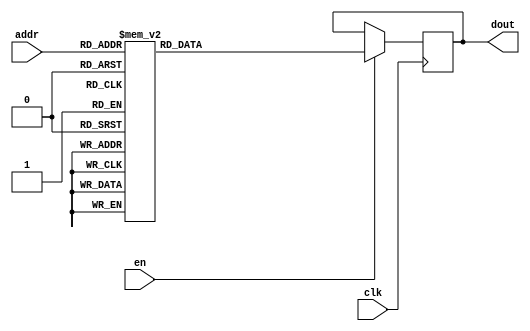
module DC_9_REF_ROM_0(
// inputs
clk,
en,
addr,
// outputs
dout
);
localparam ROM_WID = 11;
localparam ROM_DEP = 32;
localparam ROM_ADDR = 5;
// input definition
input clk;
input en;
input [ROM_ADDR-1:0] addr;
// output definition
output [ROM_WID-1:0] dout;
reg [ROM_WID-1:0] data;
always @(posedge clk)
begin
if (en) begin
case(addr)
		5'd0: data <= 11'b00111100010;
		5'd1: data <= 11'b01000101111;
		5'd2: data <= 11'b00111010111;
		5'd3: data <= 11'b01000111100;
		5'd4: data <= 11'b01000010101;
		5'd5: data <= 11'b01111111111;
		5'd6: data <= 11'b00000011110;
		5'd7: data <= 11'b01000111101;
		5'd8: data <= 11'b01000101110;
		5'd9: data <= 11'b00111000001;
		5'd10: data <= 11'b00110110110;
		5'd11: data <= 11'b01000100101;
		5'd12: data <= 11'b00111010001;
		5'd13: data <= 11'b10000001010;
		5'd14: data <= 11'b01000110111;
		5'd15: data <= 11'b01000001101;
		5'd16: data <= 11'b01000011100;
		5'd17: data <= 11'b01000010011;
		5'd18: data <= 11'b00111101110;
		5'd19: data <= 11'b00111101101;
		5'd20: data <= 11'b00011011011;
		5'd21: data <= 11'b00111001101;
		5'd22: data <= 11'b01000000001;
		5'd23: data <= 11'b00111100011;
		5'd24: data <= 11'b01111111111;
		5'd25: data <= 11'b00110110010;
		5'd26: data <= 11'b00111000011;
		5'd27: data <= 11'b11111000110;
		5'd28: data <= 11'b01000101001;
		5'd29: data <= 11'b01001000001;
		5'd30: data <= 11'b01111111111;
		5'd31: data <= 11'b00111010001;
		endcase
		end
	end
	assign dout = data;
endmodule